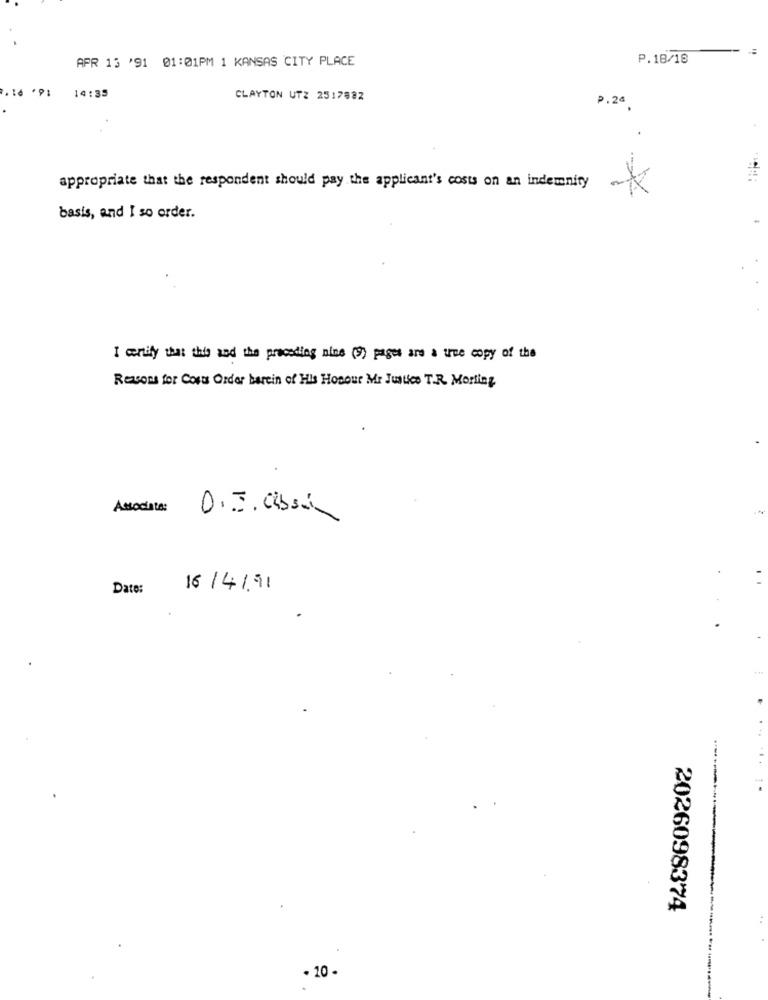
APR 13 '91 01:01PM 1 KANSAS CITY PLACE
P.18/18
14:35
CLAYTON UTZ 2517882
P. 20 .
appropriate that the respondent should pay the applicant's costs on an indemnity
*
basis, and I so order.
I certify that this and the preceding nine (9) pages are a une copy of the
Reasons for Costs Order barein of His Honour Mr Justice T.R. Morfing
Associate:
D.J. Obsá
Date:
16/4/91
2026098374
· 10 -